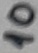
Text: 10